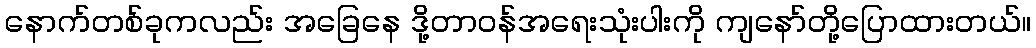
နောက်တစ်ခုကလည်း အခြေနေ ဒို့တာဝန်အရေးသုံးပါးကို ကျနော်တို့ပြောထားတယ်။